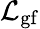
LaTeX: {\mathcal{L}}_{\mathrm{gf}}